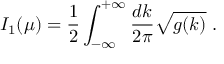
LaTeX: I _ { 1 } ( \mu ) = { \frac { 1 } { 2 } } \int _ { - \infty } ^ { + \infty } \frac { d k } { 2 \pi } { \sqrt { g ( k ) } } \; .